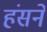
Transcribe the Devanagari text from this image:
हंसनें